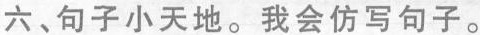
六、句子小天地。我会仿写句子。